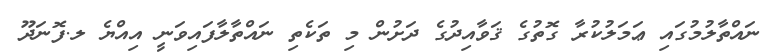
ނައްތާލުމުގައި ޢަމަލުކުރާ ގޮތުގެ ޤަވާއިދުގެ ދަށުން މި ތަކެތި ނައްތާލާފައިވަނީ އިއްޔެ ލ.ފޮނަދޫ